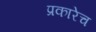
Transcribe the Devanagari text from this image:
प्रकारेच